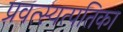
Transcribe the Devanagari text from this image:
प्रवत्स्यत्पतिका